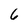
Character: 6